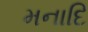
મનાદિ